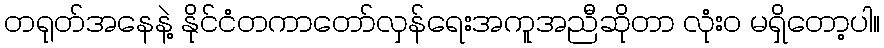
တရုတ်အနေနဲ့ နိုင်ငံတကာတော်လှန်ရေးအကူအညီဆိုတာ လုံးဝ မရှိတော့ပါ။